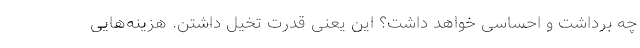
چه برداشت و احساسی خواهد داشت؟ این یعنی قدرت تخیل داشتن. هزینه‌هایی